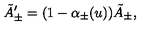
\tilde { A } _ { \pm } ^ { \prime } = ( 1 - \alpha _ { \pm } ( u ) ) \tilde { A } _ { \pm } ,